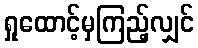
ရှုထောင့်မှကြည့်လျှင်